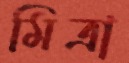
মিত্রা